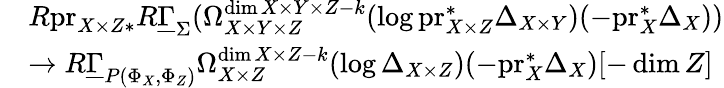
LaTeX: \begin{array}{rl}&{R\mathrm{pr}_{X\times Z*}R\underline{{\Gamma}}_{\Sigma}(\Omega_{X\times Y\times Z}^{\dim X\times Y\times Z-k}(\log\mathrm{pr}_{X\times Z}^{*}\Delta_{X\times Y})(-\mathrm{pr}_{X}^{*}\Delta_{X}))}\\ &{\to R\underline{{\Gamma}}_{P(\Phi_{X},\Phi_{Z})}\Omega_{X\times Z}^{\dim X\times Z-k}(\log\Delta_{X\times Z})(-\mathrm{pr}_{X}^{*}\Delta_{X})[-\dim Z]}\end{array}